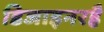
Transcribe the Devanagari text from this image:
डिजाइनरहै